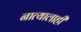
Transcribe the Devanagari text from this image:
नात्यालाही